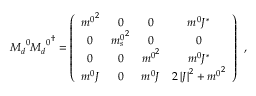
{ M _ { d } } ^ { 0 } { { M _ { d } } ^ { 0 } } ^ { \dagger } = \left( \begin{array} { c c c c } { { { m ^ { 0 } } ^ { 2 } } } & { { 0 } } & { { 0 } } & { { m ^ { 0 } J ^ { \ast } } } \\ { { 0 } } & { { { m _ { s } ^ { 0 } } ^ { 2 } } } & { { 0 } } & { { 0 } } \\ { { 0 } } & { { 0 } } & { { { m ^ { 0 } } ^ { 2 } } } & { { m ^ { 0 } J ^ { \ast } } } \\ { { m ^ { 0 } J } } & { { 0 } } & { { m ^ { 0 } J } } & { { 2 \left| J \right| ^ { 2 } + { m ^ { 0 } } ^ { 2 } } } \end{array} \right) \: \: ,